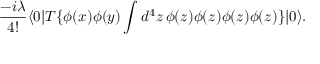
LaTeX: { \frac { - i \lambda } { 4 ! } } \langle 0 | T \{ \phi ( x ) \phi ( y ) \int d ^ { 4 } z \, \phi ( z ) \phi ( z ) \phi ( z ) \phi ( z ) \} | 0 \rangle .